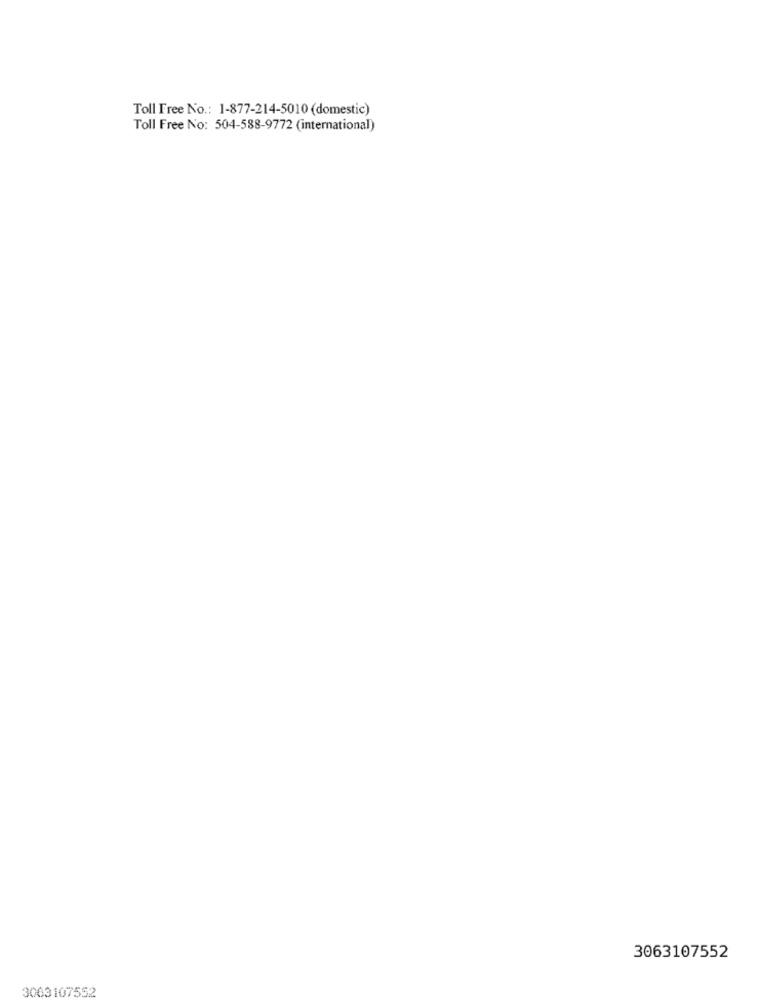
Toll Free No .: 1-877-214-5010 (domestic)
Toll Free No: 504-588-9772 (international)
3063107552
3063107552